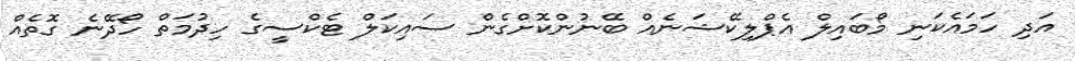
އަދި ހަމައެކަނި މޯބައިލް އެޕްލިކޭޝަނެއް ބޭނުންކޮށްގެން ސައިކަލް ޓެކްސީގެ ހިދުމަތް ހޯދޭނެ ގޮތެއް